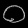
Digit: ၀